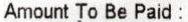
AMOUNT TO BE PAID: